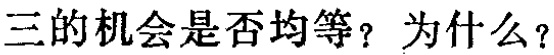
三的机会是否均等？为什么？